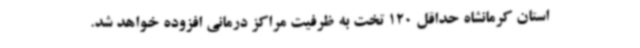
استان کرمانشاه حداقل 120 تخت به ظرفیت مراکز درمانی افزوده خواهد شد.